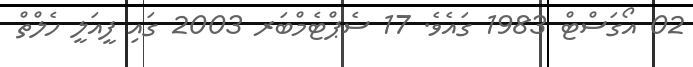
02 އޯގަސްޓް 1983 ގައެވެ. 17 ސެޕްޓެމްބަރ 2003 ގައި ފީއަލީ ހެލްތް